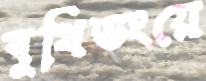
বুথিডংয়ে